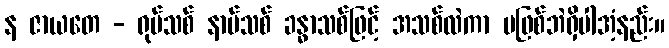
န ဇာယတေ - ရုပ်သစ် နာမ်သစ် ခန္ဓာသစ်ဖြင့် အသစ်လဲကာ မဖြစ်ဘဲရှိပါအံ့နည်း။